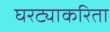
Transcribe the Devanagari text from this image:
घरट्याकरिता